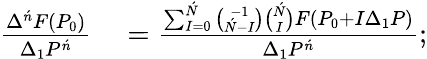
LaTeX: \begin{array}{rl}{{\frac{\Delta^{\acute{n}}F(P_{0})}{\Delta_{1}P^{\acute{n}}}}}&{{}={\frac{\sum_{I=0}^{\acute{N}}{\binom{-1}{{\acute{N}}-I}}{\binom{\acute{N}}{I}}F(P_{0}+I\Delta_{1}P)}{\Delta_{1}P^{\acute{n}}}};}\end{array}